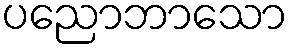
ပညောဘာသော